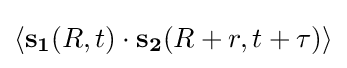
\langle \mathbf {s_{1}} (R,t)\cdot \mathbf {s_{2}} (R+r,t+\tau )\rangle